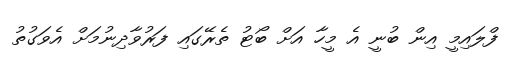
ފްލައިމީ އިން ބުނީ އެ މީހާ އަށް ބޯޓު ތެރޭގައި ފަރުވާދިނުމަށް އެވަގުތު